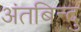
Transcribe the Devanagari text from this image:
अंतबिन्दु